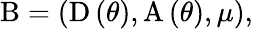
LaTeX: \mathrm{B}=\left(\mathrm{D}\left(\theta\right),\mathrm{A}\left(\theta\right),\mu\right),